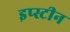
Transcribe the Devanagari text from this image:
इप्स्टीन